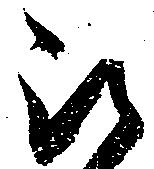
被